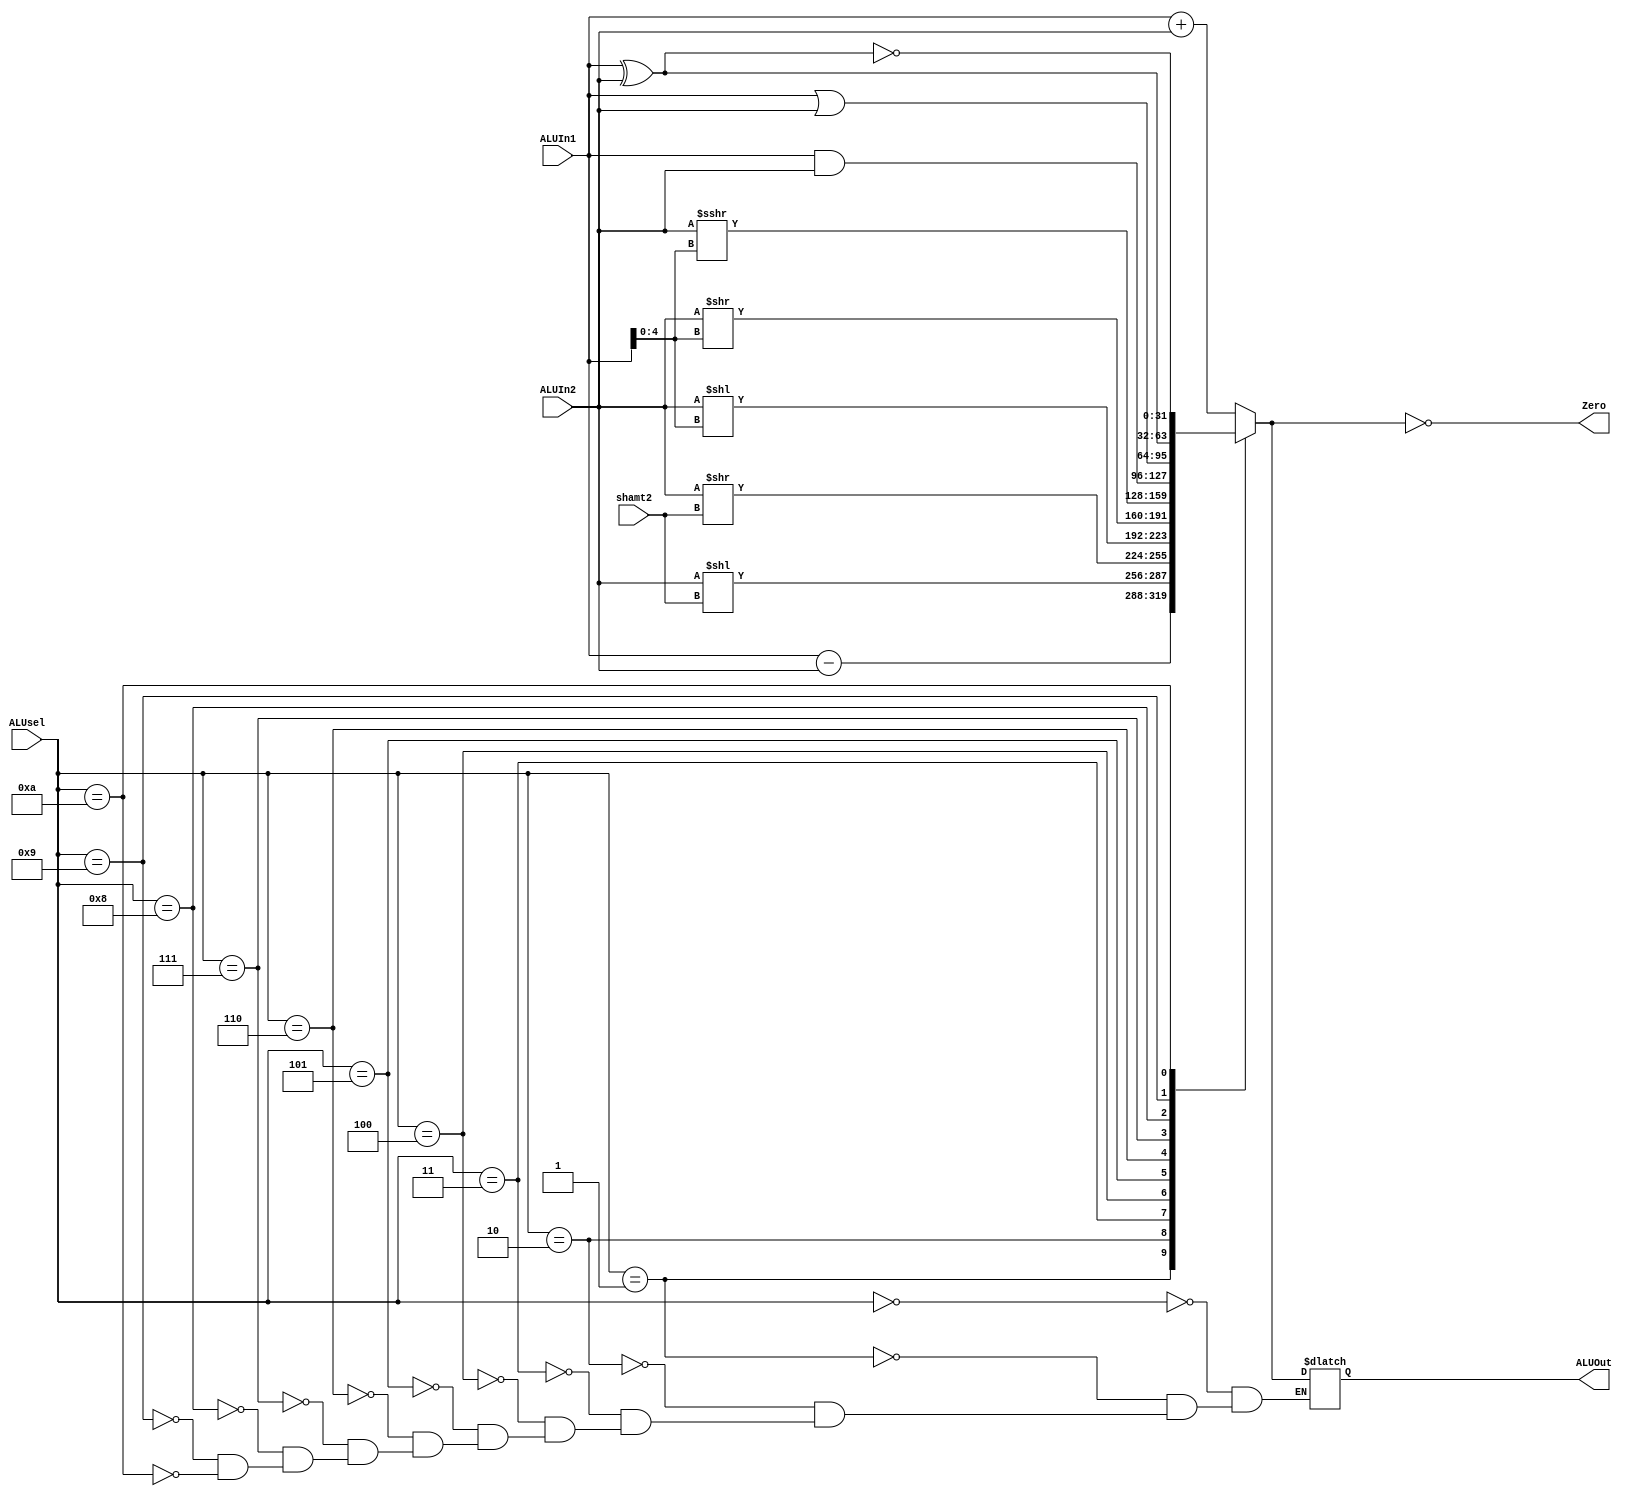
`timescale 1ns / 1ps

module ALU #(parameter WL = 32) (ALUsel, ALUIn1, ALUIn2, shamt2, Zero, ALUOut);

input [3:0] ALUsel;
input signed [WL-1:0] ALUIn1, ALUIn2;
input [4:0] shamt2;
output reg Zero;
output reg signed [WL-1:0] ALUOut;

always @* begin
    case(ALUsel)
        0: ALUOut = ALUIn1 + ALUIn2;
        1: ALUOut = ALUIn1 - ALUIn2;
        2: ALUOut = ALUIn2 << shamt2;
        3: ALUOut = ALUIn2 >> shamt2;
        4: ALUOut = ALUIn2 << ALUIn1[4:0];
        5: ALUOut = ALUIn2 >> ALUIn1[4:0];
        6: ALUOut = ALUIn2 >>> ALUIn1[4:0];
        7: ALUOut = ALUIn1 & ALUIn2;
        8: ALUOut = ALUIn1 | ALUIn2;
        9: ALUOut = ALUIn1 ^ ALUIn2;
        10: ALUOut = ~(ALUIn1 ^ ALUIn2);
    endcase
    
    Zero = (ALUOut == 0);
end


endmodule